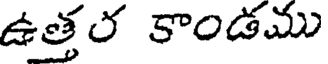
ఉత్తర కాండము